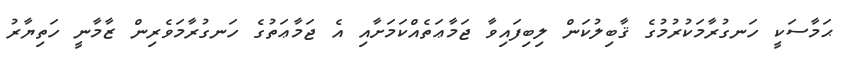
ޙަމާސަކީ ހަނގުރާމަކުރުމުގެ ޤާބިލުކަން ލިބިފައިވާ ޖަމާޢަތެއްކަމަށާއި އެ ޖަމާޢަތުގެ ހަނގުރާމަވެރިން ޒާމާނީ ހަތިޔާރު